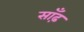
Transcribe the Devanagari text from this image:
साँढ़